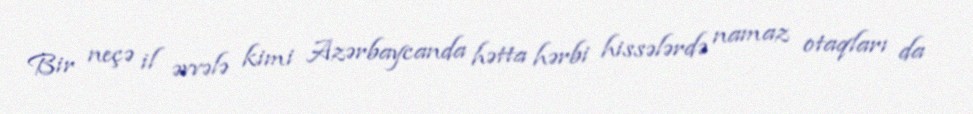
Bir neçə il əvvələ kimi Azərbaycanda hətta hərbi hissələrdə namaz otaqları da